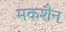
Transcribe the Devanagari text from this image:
मकशैन